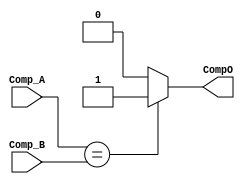
`timescale 1ns / 1ps



module comparator(
    input [5:0] Comp_A,Comp_B,
    output CompO
    );
    assign CompO = (Comp_A == Comp_B) ? 1'b1 : 1'b0;
endmodule

module mult_ten(
    input [3:0] in,
    output [5:0] out
    );
    wire [5:0] xIn;
    assign xIn = {2'b00,in};
    assign out = (xIn <<< 3) + (xIn <<< 1);
endmodule